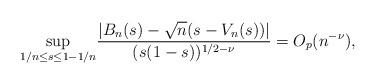
LaTeX: \begin{align*}\underset{1/n\leq s\leq 1-1/n}{\sup }\frac{\left\vert B_{n}(s)-\sqrt{n}(s-V_{n}(s))\right\vert }{(s(1-s))^{1/2-\nu }}=O_{p}(n^{-\nu }), \end{align*}